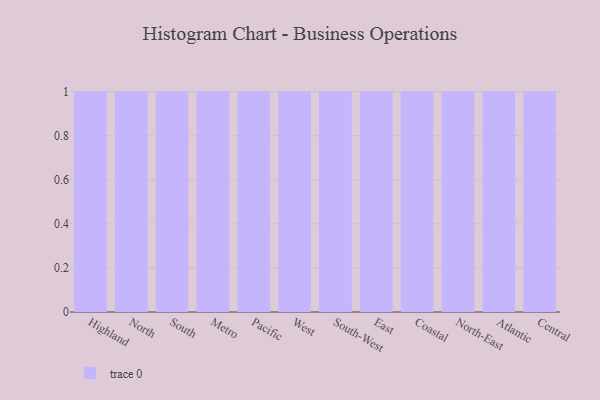
{"axis": {"x": "Region", "y": "Revenue (USD Million)"}, "legend": [""], "data": [{"x": "Highland", "y": 7, "type": ""}, {"x": "North", "y": 44, "type": ""}, {"x": "South", "y": 56, "type": ""}, {"x": "Metro", "y": 92, "type": ""}, {"x": "Pacific", "y": 14, "type": ""}, {"x": "West", "y": 34, "type": ""}, {"x": "South-West", "y": 47, "type": ""}, {"x": "East", "y": 65, "type": ""}, {"x": "Coastal", "y": 72, "type": ""}, {"x": "North-East", "y": 27, "type": ""}, {"x": "Atlantic", "y": 1, "type": ""}, {"x": "Central", "y": 75, "type": ""}]}